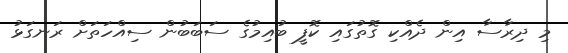
މި ދިރާސާ އިން ދެއްކި ގޮތުގައި ކޮފީ ބުއިމުގެ ސަބަބުން ސިއްހަތަށް ރަނގަޅު